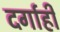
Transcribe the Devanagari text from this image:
दर्गाही